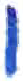
אות: ו